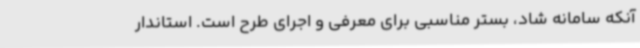
آنکه سامانه شاد، بستر مناسبی برای معرفی و اجرای طرح است. استاندار